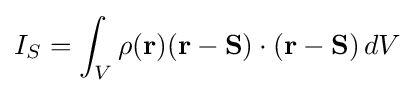
I_{S}=\int _{V}\rho (\mathbf {r} )(\mathbf {r} -\mathbf {S} )\cdot (\mathbf {r} -\mathbf {S} )\,dV